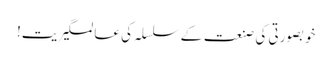
خوبصورتی کی صنعت کے سلسلہ کی عالمگیریت!